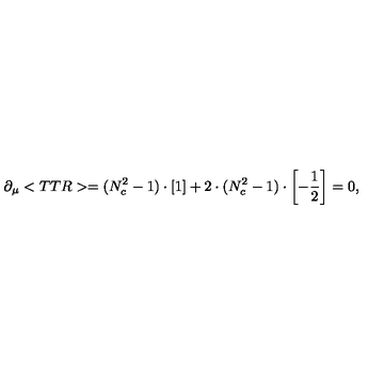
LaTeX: \partial _ { \mu } < T T R > = ( N _ { c } ^ { 2 } - 1 ) \cdot \left[ \mathrm { \vspace { 2 e x } \mathrm { 1 } } \right] + 2 \cdot ( N _ { c } ^ { 2 } - 1 ) \cdot \left[ - \frac { 1 } { 2 } \right] = 0 ,